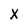
Character: X